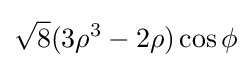
{\sqrt {8}}(3\rho ^{3}-2\rho )\cos \phi